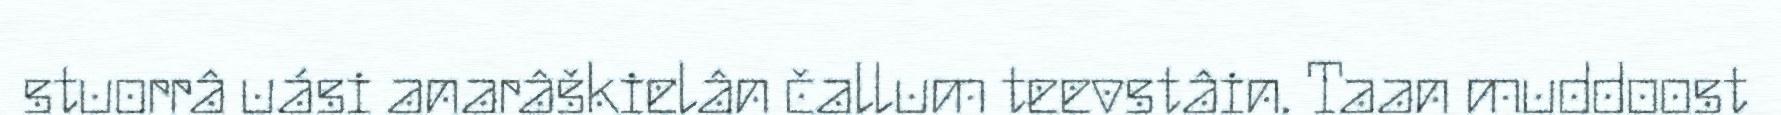
stuorrâ uási anarâškielân čallum teevstâin. Taan muddoost